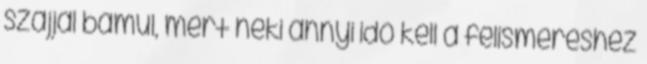
szájjal bámul, mert neki annyi idő kell a felismeréshez